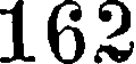
162